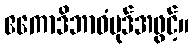
ဧကောဒိဘာဝံပုဒ်အဖွင့်။